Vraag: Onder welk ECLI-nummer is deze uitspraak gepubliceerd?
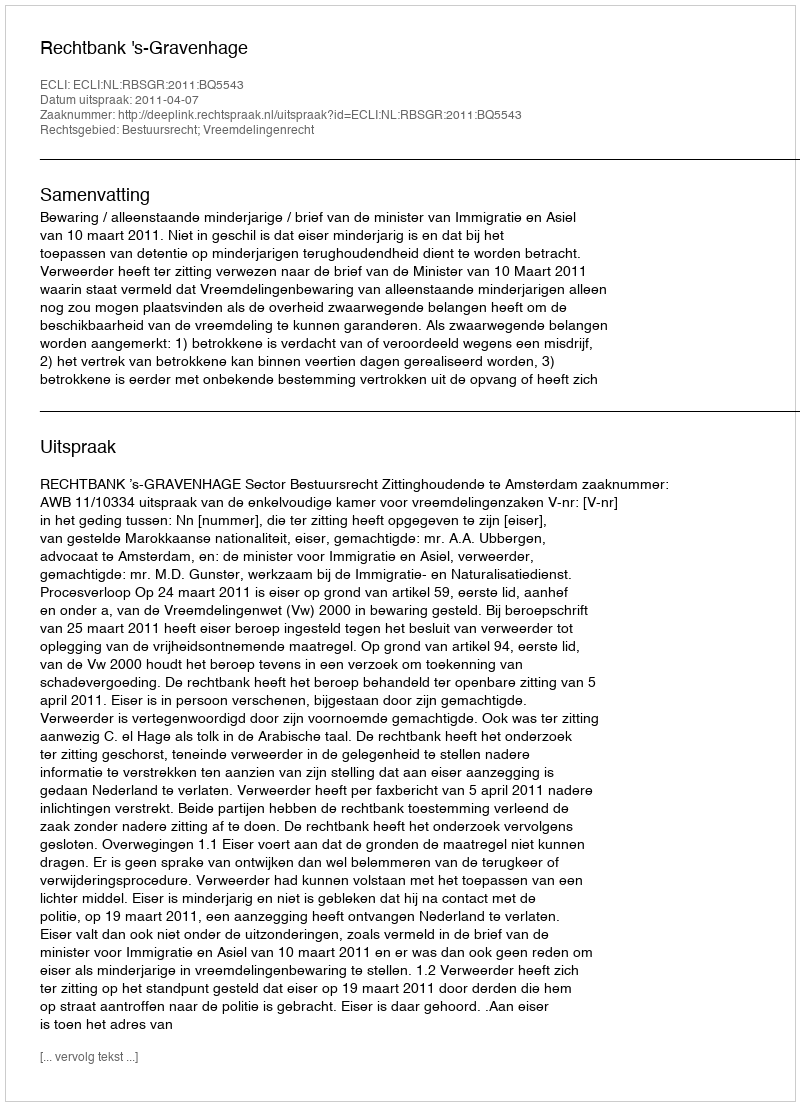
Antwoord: ECLI:NL:RBSGR:2011:BQ5543